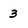
Character: 3